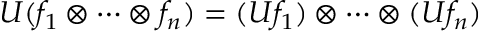
U ( f _ { 1 } \otimes \cdots \otimes f _ { n } ) = ( U f _ { 1 } ) \otimes \cdots \otimes ( U f _ { n } )